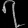
Digit: ၇